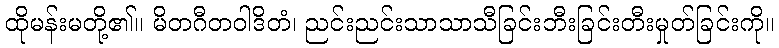
ထိုမန်းမတို့၏။ မိတဂီတဝါဒိတံ၊ ညင်းညင်းသာသာသီခြင်းဘီးခြင်းတီးမှုတ်ခြင်းကို။